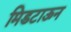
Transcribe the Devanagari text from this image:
मिडटाऊन